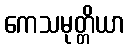
ကေသမုတ္တိယာ